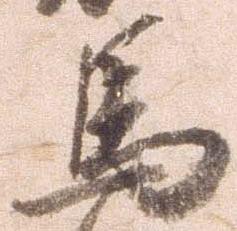
馬